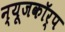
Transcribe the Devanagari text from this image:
न्यूजकॉर्प